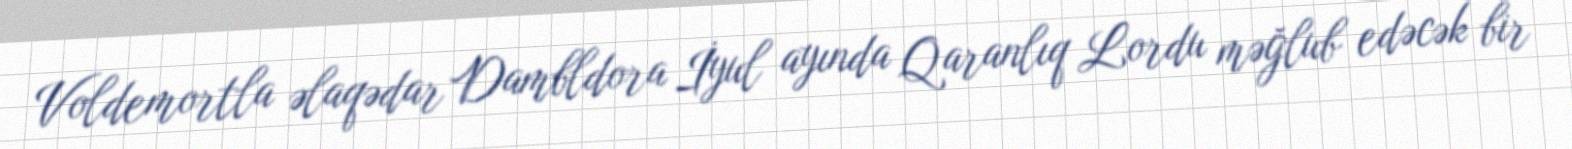
Voldemortla əlaqədar Dambldora İyul ayında Qaranlıq Lordu məğlub edəcək bir